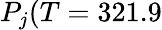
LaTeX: P_{j}(T=321.9